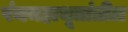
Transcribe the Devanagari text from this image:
पंचमहाभूतांतील